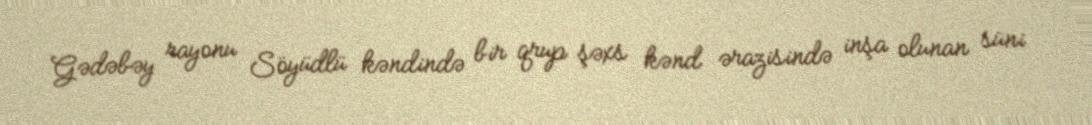
Gədəbəy rayonu Söyüdlü kəndində bir qrup şəxs kənd ərazisində inşa olunan süni